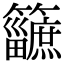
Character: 𥷿